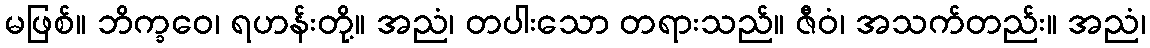
မဖြစ်။ ဘိက္ခဝေ၊ ရဟန်းတို့။ အညံ၊ တပါးသော တရားသည်။ ဇီဝံ၊ အသက်တည်း။ အညံ၊